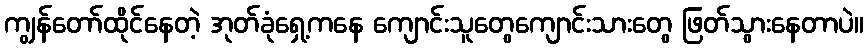
ကျွန်တော်ထိုင်နေတဲ့ အုတ်ခုံရှေ့ကနေ ကျောင်းသူတွေကျောင်းသားတွေ ဖြတ်သွားနေတာပဲ။